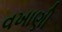
વખાણી